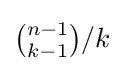
{\tbinom {n-1}{k-1}}/k